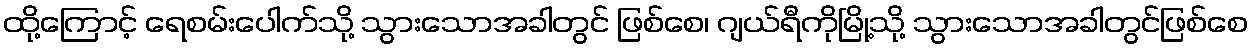
ထို့ကြောင့် ရေစမ်းပေါက်သို့ သွားသောအခါတွင် ဖြစ်စေ၊ ဂျယ်ရီကိုမြို့သို့ သွားသောအခါတွင်ဖြစ်စေ